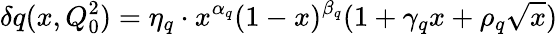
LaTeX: \delta q(x,Q_{0}^{2})=\eta_{q}\cdot x^{\alpha_{q}}(1-x)^{\beta_{q}}(1+\gamma_{q}x+\rho_{q}\sqrt{x})